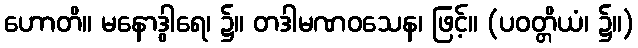
ဟောတိ။ မနောဒွါရေ၊ ၌။ တဒါမဏဝသေန၊ ဖြင့်။ (ပဝတ္တိယံ၊ ၌။)